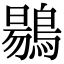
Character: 𪃌